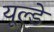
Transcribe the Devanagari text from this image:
यूल्डे